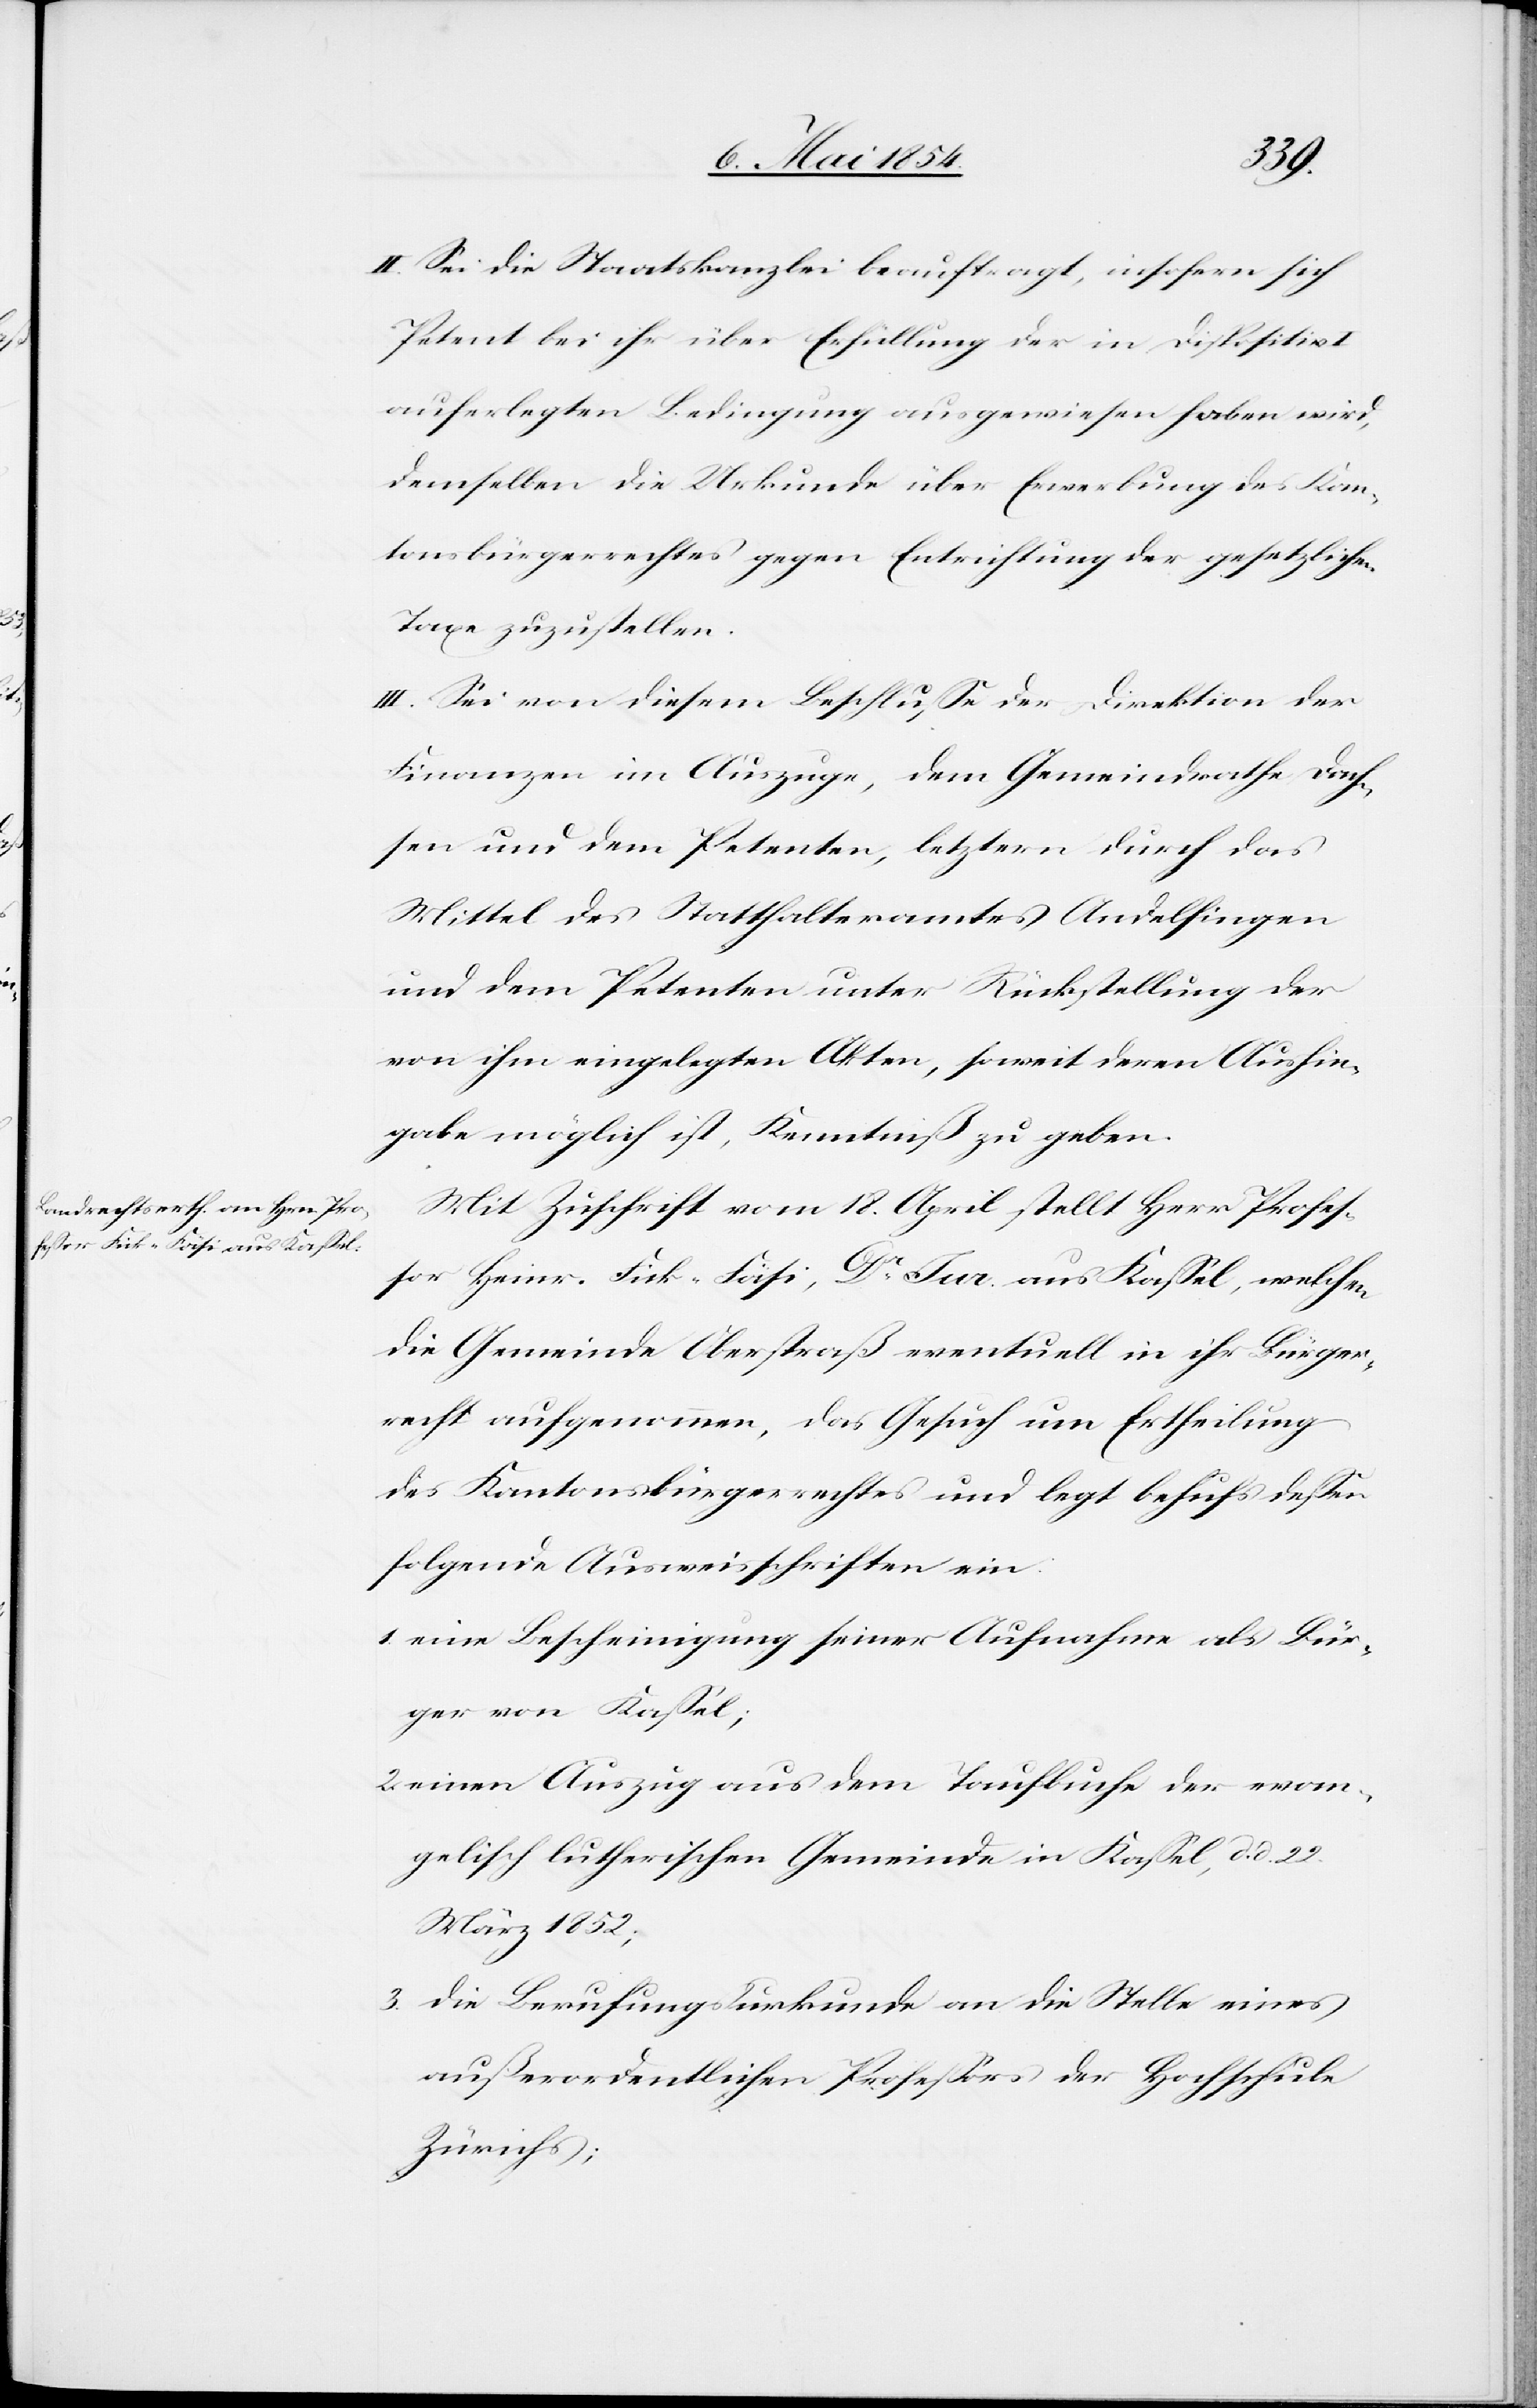
22.
II. Sei die Staatskanzlei beauftragt, insofern sich
Petent bei ihr über Erfüllung der in Dispositiv
auferlegten Bedingung ausgewiesen haben wird,
demselben die Urkunde über Erwerbung des Kan¬
tonsbürgerrechts gegen Entrichtung der gesetzlichen
Taxe zuzustellen.
III. Sei von diesem Beschluße der Direktion der
Finanzen im Auszuge, dem Gemeindrathe Dach¬
sen und dem Petenten, letztern durch das
Mittel des Statthalteramtes Andelfingen
und dem Petenten unter Rückstellung der
von ihm eingelegten Akten, soweit deren Aushin¬
gabe möglich ist, Kenntniß zu geben.
Mit Zuschrift vom 18. April stellt Herr Profeß¬
or Heinr. Fick-Fäsi, Dr Jur. aus Kaßel, welchen
die Gemeinde Oberstraß eventuell in ihr Bürger¬
recht aufgenommen, das Gesuch um Ertheilung
des Kantonsbürgerrechtes und legt behufs deßen
folgende Ausweisschriften ein:
1. eine Bescheinigung seiner Aufnahme als Bür¬
ger von Kaßel;
2. einen Auszug aus dem Taufbuche der evan¬
gelisch lutherischen Gemeinde in Kaßel, d. d.
März 1852;
3. die Berufungsurkunde an die Stelle eines
außerordentlichen Profeßors der Hochschule
Zürichs;